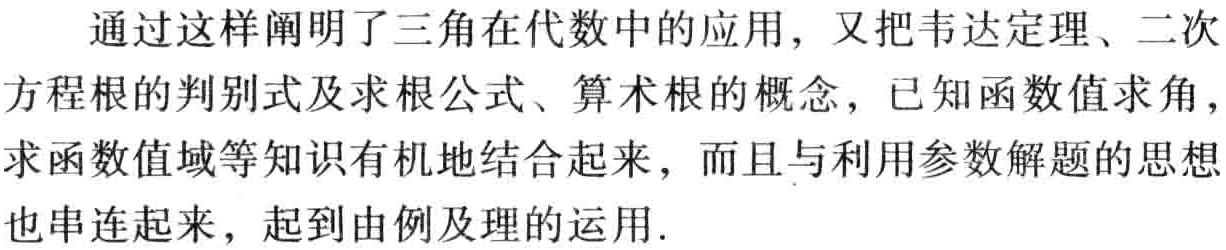
通过这样阐明了三角在代数中的应用，又把韦达定理、二次方程根的判别式及求根公式、算术根的概念，已知函数值求角，求函数值域等知识有机地结合起来，而且与利用参数解题的思想也串连起来，起到由例及理的运用.